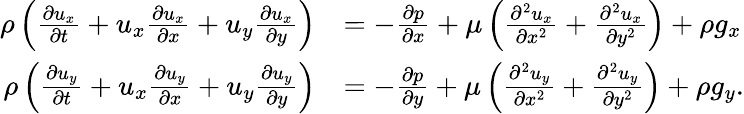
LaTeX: {\begin{array}{rl}{\rho\left({\frac{\partial u_{x}}{\partial t}}+u_{x}{\frac{\partial u_{x}}{\partial x}}+u_{y}{\frac{\partial u_{x}}{\partial y}}\right)}&{=-{\frac{\partial p}{\partial x}}+\mu\left({\frac{\partial^{2}u_{x}}{\partial x^{2}}}+{\frac{\partial^{2}u_{x}}{\partial y^{2}}}\right)+\rho g_{x}}\\ {\rho\left({\frac{\partial u_{y}}{\partial t}}+u_{x}{\frac{\partial u_{y}}{\partial x}}+u_{y}{\frac{\partial u_{y}}{\partial y}}\right)}&{=-{\frac{\partial p}{\partial y}}+\mu\left({\frac{\partial^{2}u_{y}}{\partial x^{2}}}+{\frac{\partial^{2}u_{y}}{\partial y^{2}}}\right)+\rho g_{y}.}\end{array}}